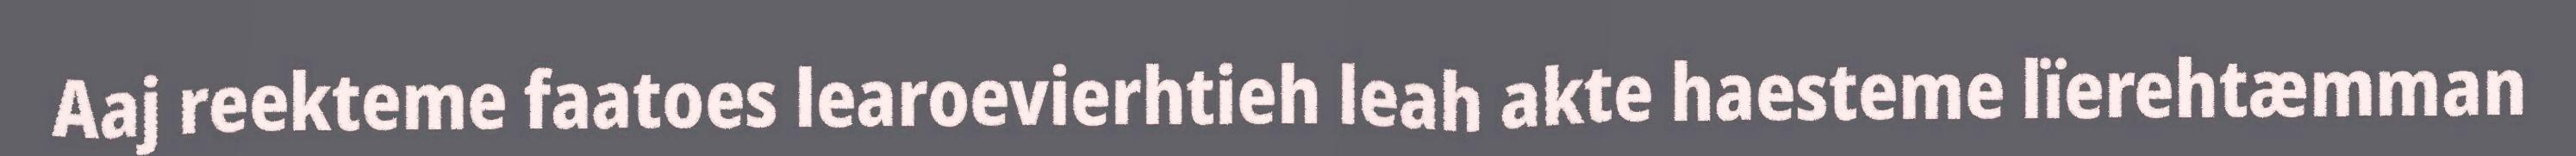
Aaj reekteme faatoes learoevierhtieh leah akte haesteme lïerehtæmman